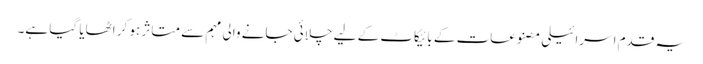
یہ قدم اسرائیلی مصنوعات کے بائیکاٹ کے لیے چلائی جانے والی مہم سے متاثر ہو کر اٹھایا گیا ہے۔